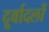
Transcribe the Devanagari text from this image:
दूर्वादलों